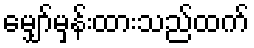
မျှော်မှန်းထားသည်ထက်